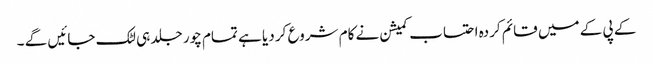
کے پی کے میں قائم کردہ احتساب کمیشن نے کام شروع کر دیا ہے تمام چور جلد ہی لٹک جائیں گے ۔